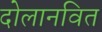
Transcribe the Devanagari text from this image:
दोलानवित